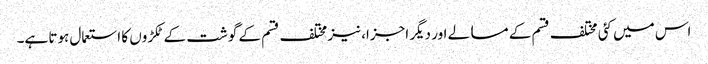
اس میں کئی مختلف قسم کے مسالے اور دیگر اجزا، نیز مختلف قسم کے گوشت کے ٹکڑوں کا استعمال ہوتا ہے۔